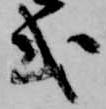
式